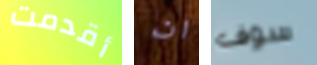
أقدمت ان سوف